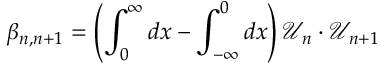
\beta _ { n , n + 1 } = \left( \int _ { 0 } ^ { \infty } d x - \int _ { - \infty } ^ { 0 } d x \right) \mathcal { U } _ { n } \cdot \mathcal { U } _ { n + 1 }